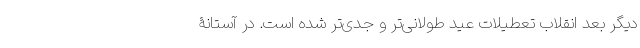
دیگر بعد انقلاب تعطیلات عید طولانی‌تر و جدی‌تر شده است. در آستانۀ